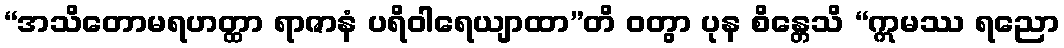
“အသိတောမရဟတ္ထာ ရာဇာနံ ပရိဝါရေယျာထာ”တိ ဝတွာ ပုန စိန္တေသိ “ဣမဿ ရညော